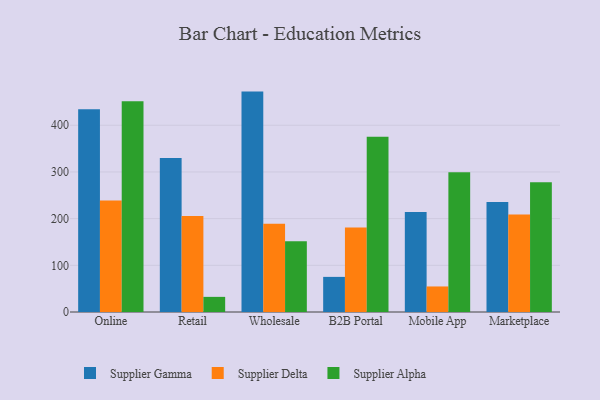
{"axis": {"x": "Channel", "y": "Website Visitors"}, "legend": ["Supplier Alpha", "Supplier Delta", "Supplier Gamma"], "data": [{"x": "Online", "y": 434.2, "type": "Supplier Gamma"}, {"x": "Online", "y": 238.7, "type": "Supplier Delta"}, {"x": "Online", "y": 451.4, "type": "Supplier Alpha"}, {"x": "Retail", "y": 329.7, "type": "Supplier Gamma"}, {"x": "Retail", "y": 205.5, "type": "Supplier Delta"}, {"x": "Retail", "y": 32.4, "type": "Supplier Alpha"}, {"x": "Wholesale", "y": 472.1, "type": "Supplier Gamma"}, {"x": "Wholesale", "y": 189.1, "type": "Supplier Delta"}, {"x": "Wholesale", "y": 151.6, "type": "Supplier Alpha"}, {"x": "B2B Portal", "y": 75.2, "type": "Supplier Gamma"}, {"x": "B2B Portal", "y": 181.2, "type": "Supplier Delta"}, {"x": "B2B Portal", "y": 375.6, "type": "Supplier Alpha"}, {"x": "Mobile App", "y": 214.4, "type": "Supplier Gamma"}, {"x": "Mobile App", "y": 54.7, "type": "Supplier Delta"}, {"x": "Mobile App", "y": 299.3, "type": "Supplier Alpha"}, {"x": "Marketplace", "y": 235.7, "type": "Supplier Gamma"}, {"x": "Marketplace", "y": 209.0, "type": "Supplier Delta"}, {"x": "Marketplace", "y": 277.8, "type": "Supplier Alpha"}]}